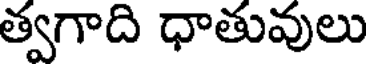
త్వగాది ధాతువులు